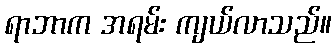
ရာဘာက အရမ်း ကျယ်လာသည်။